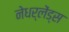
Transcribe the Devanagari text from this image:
नेधर्लेंड्स